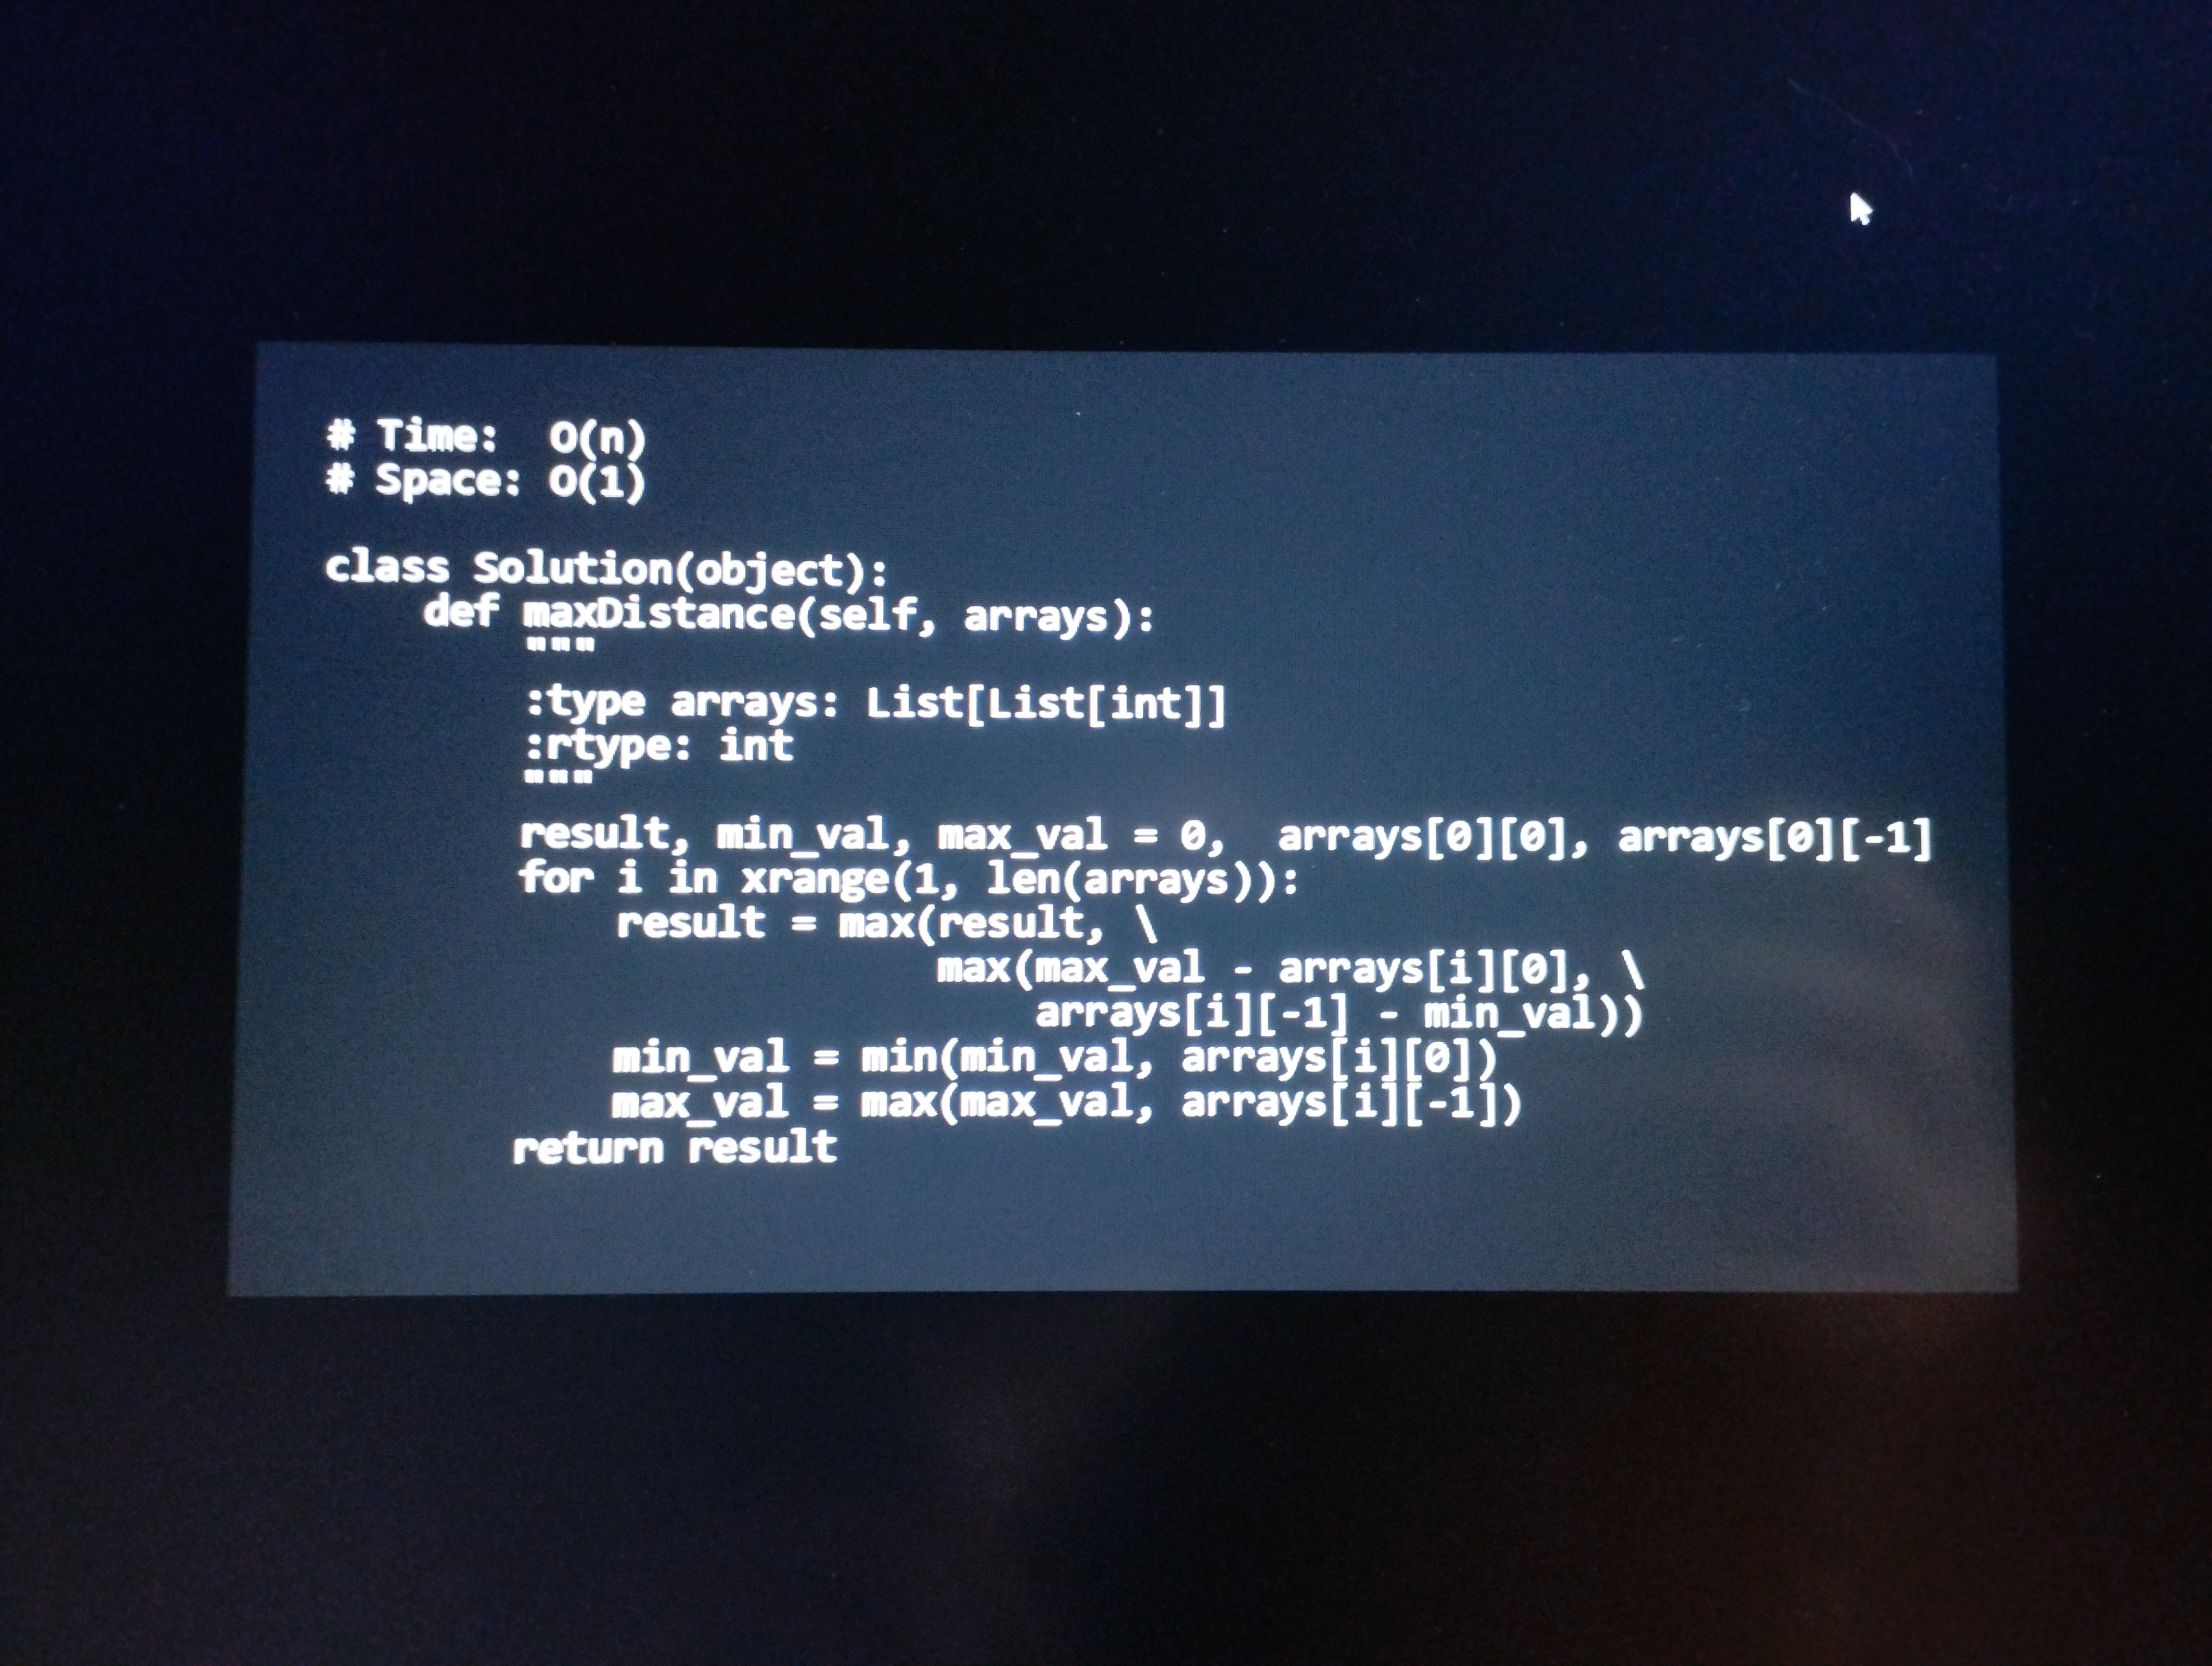
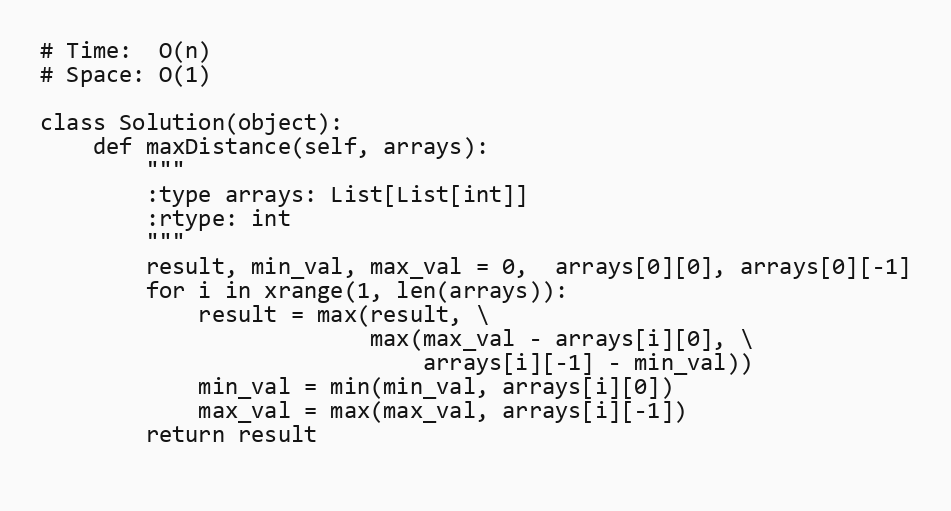
# Time:  O(n)
# Space: O(1)

class Solution(object):
    def maxDistance(self, arrays):
        """
        :type arrays: List[List[int]]
        :rtype: int
        """
        result, min_val, max_val = 0,  arrays[0][0], arrays[0][-1]
        for i in xrange(1, len(arrays)):
            result = max(result, \
                         max(max_val - arrays[i][0], \
                             arrays[i][-1] - min_val))
            min_val = min(min_val, arrays[i][0])
            max_val = max(max_val, arrays[i][-1])
        return result